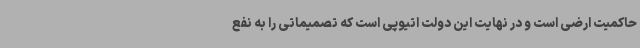
حاکمیت ارضی است و در نهایت این دولت اتیوپی است که تصمیماتی را به نفع